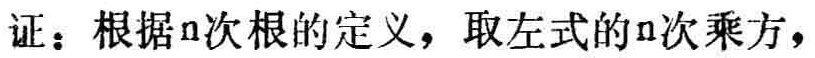
证：根据n次根的定义，取左式的n次乘方，